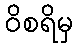
ဝိစရိမှ